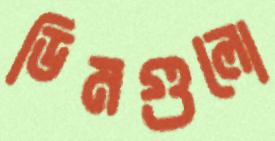
ডিমগুলো